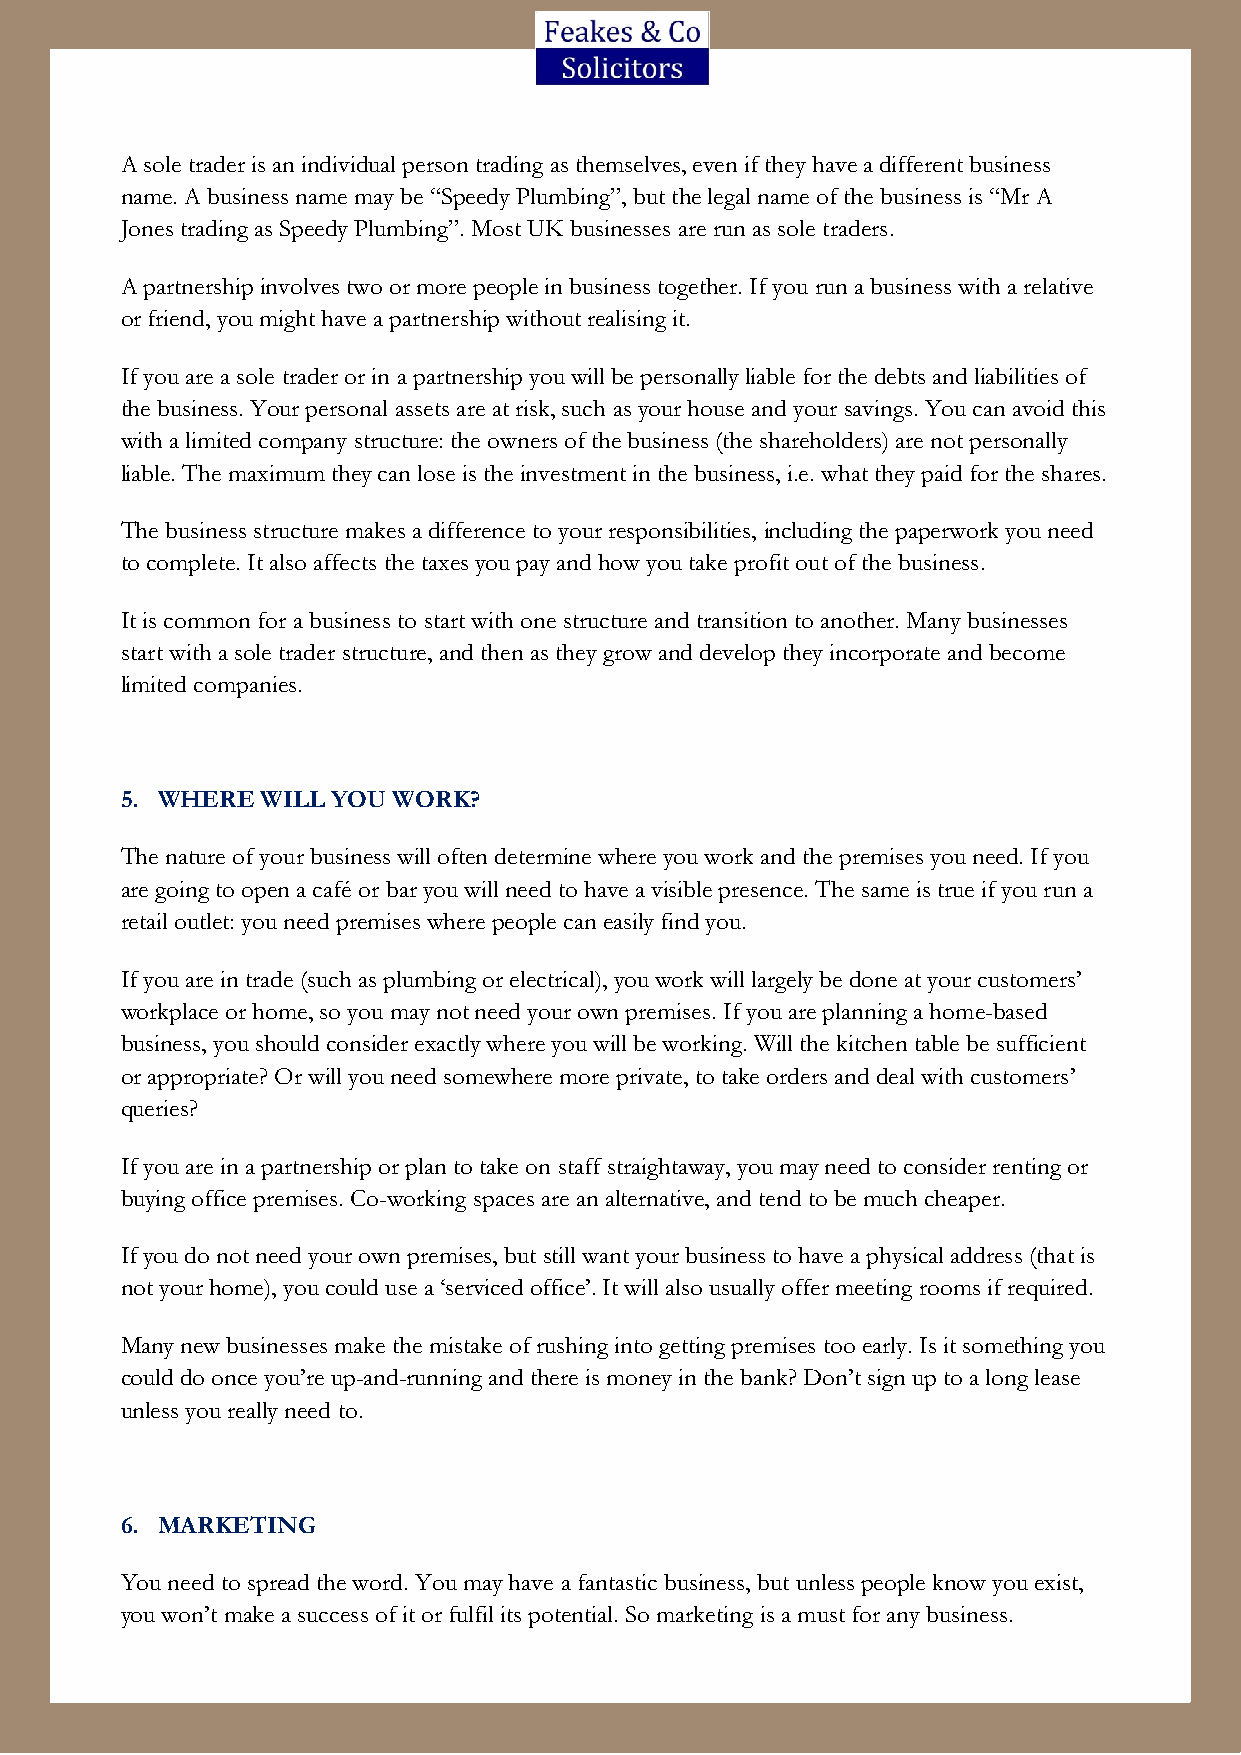
A sole trader is an individual person trading as themselves, even if they have a different business
 name. A business name may be “Speedy Plumbing”, but the legal name of the business is “Mr A
 Jones trading as Speedy Plumbing”. Most UK businesses are run as sole traders.
 A partnership involves two or more people in business together. If you run a business with a relative
 or friend, you might have a partnership without realising it.
 If you are a sole trader or in a partnership you will be personally liable for the debts and liabilities of
 the business. Your personal assets are at risk, such as your house and your savings. You can avoid this
 with a limited company structure: the owners of the business (the shareholders) are not personally
 liable. The maximum they can lose is the investment in the business, i.e. what they paid for the shares.
 The business structure makes a difference to your responsibilities, including the paperwork you need
 to complete. It also affects the taxes you pay and how you take profit out of the business.
 It is common for a business to start with one structure and transition to another. Many businesses
 start with a sole trader structure, and then as they grow and develop they incorporate and become
 limited companies.
 5. WHERE WILL YOU WORK?
 The nature of your business will often determine where you work and the premises you need. If you
 are going to open a café or bar you will need to have a visible presence. The same is true if you run a
 retail outlet: you need premises where people can easily find you.
 If you are in trade (such as plumbing or electrical), you work will largely be done at your customers’
 workplace or home, so you may not need your own premises. If you are planning a home-based
 business, you should consider exactly where you will be working. Will the kitchen table be sufficient
 or appropriate? Or will you need somewhere more private, to take orders and deal with customers’
 queries?
 If you are in a partnership or plan to take on staff straightaway, you may need to consider renting or
 buying office premises. Co-working spaces are an alternative, and tend to be much cheaper.
 If you do not need your own premises, but still want your business to have a physical address (that is
 not your home), you could use a ‘serviced office’. It will also usually offer meeting rooms if required.
 Many new businesses make the mistake of rushing into getting premises too early. Is it something you
 could do once you’re up-and-running and there is money in the bank? Don’t sign up to a long lease
 unless you really need to.
 6. MARKETING
 You need to spread the word. You may have a fantastic business, but unless people know you exist,
 you won’t make a success of it or fulfil its potential. So marketing is a must for any business.